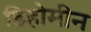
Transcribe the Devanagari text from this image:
डिहोमीन